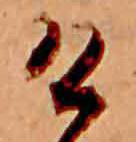
け